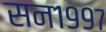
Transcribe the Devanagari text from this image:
सन१९९७